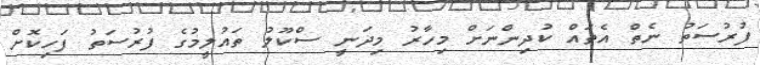
ފުރުސަތު ނެތް އެތައް ކުދިންނަށް މިހާރު މިދަނީ ސްކޫލު ތައުލީމުގެ ފުރުސަތު ފަހިކޮށް